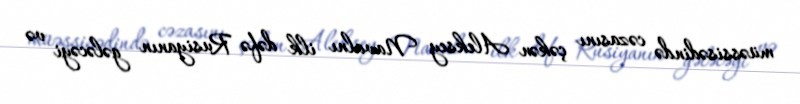
müəssisədində cəzasını çəkən Aleksey Navalnı ilk dəfə Rusiyanın gələcəyi və